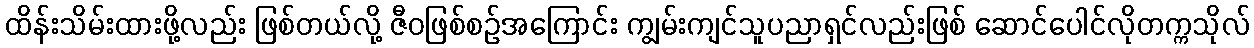
ထိန်းသိမ်းထားဖို့လည်း ဖြစ်တယ်လို့ ဇီဝဖြစ်စဉ်အကြောင်း ကျွမ်းကျင်သူပညာရှင်လည်းဖြစ် ဆောင်ပေါင်လိုတက္ကသိုလ်